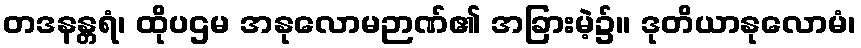
တဒနန္တရံ၊ ထိုပဌမ အနုလောမဉာဏ်၏ အခြားမဲ့၌။ ဒုတိယာနုလောမံ၊